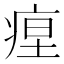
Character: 𤶚